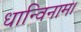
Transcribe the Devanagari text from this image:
धान्विनाम।